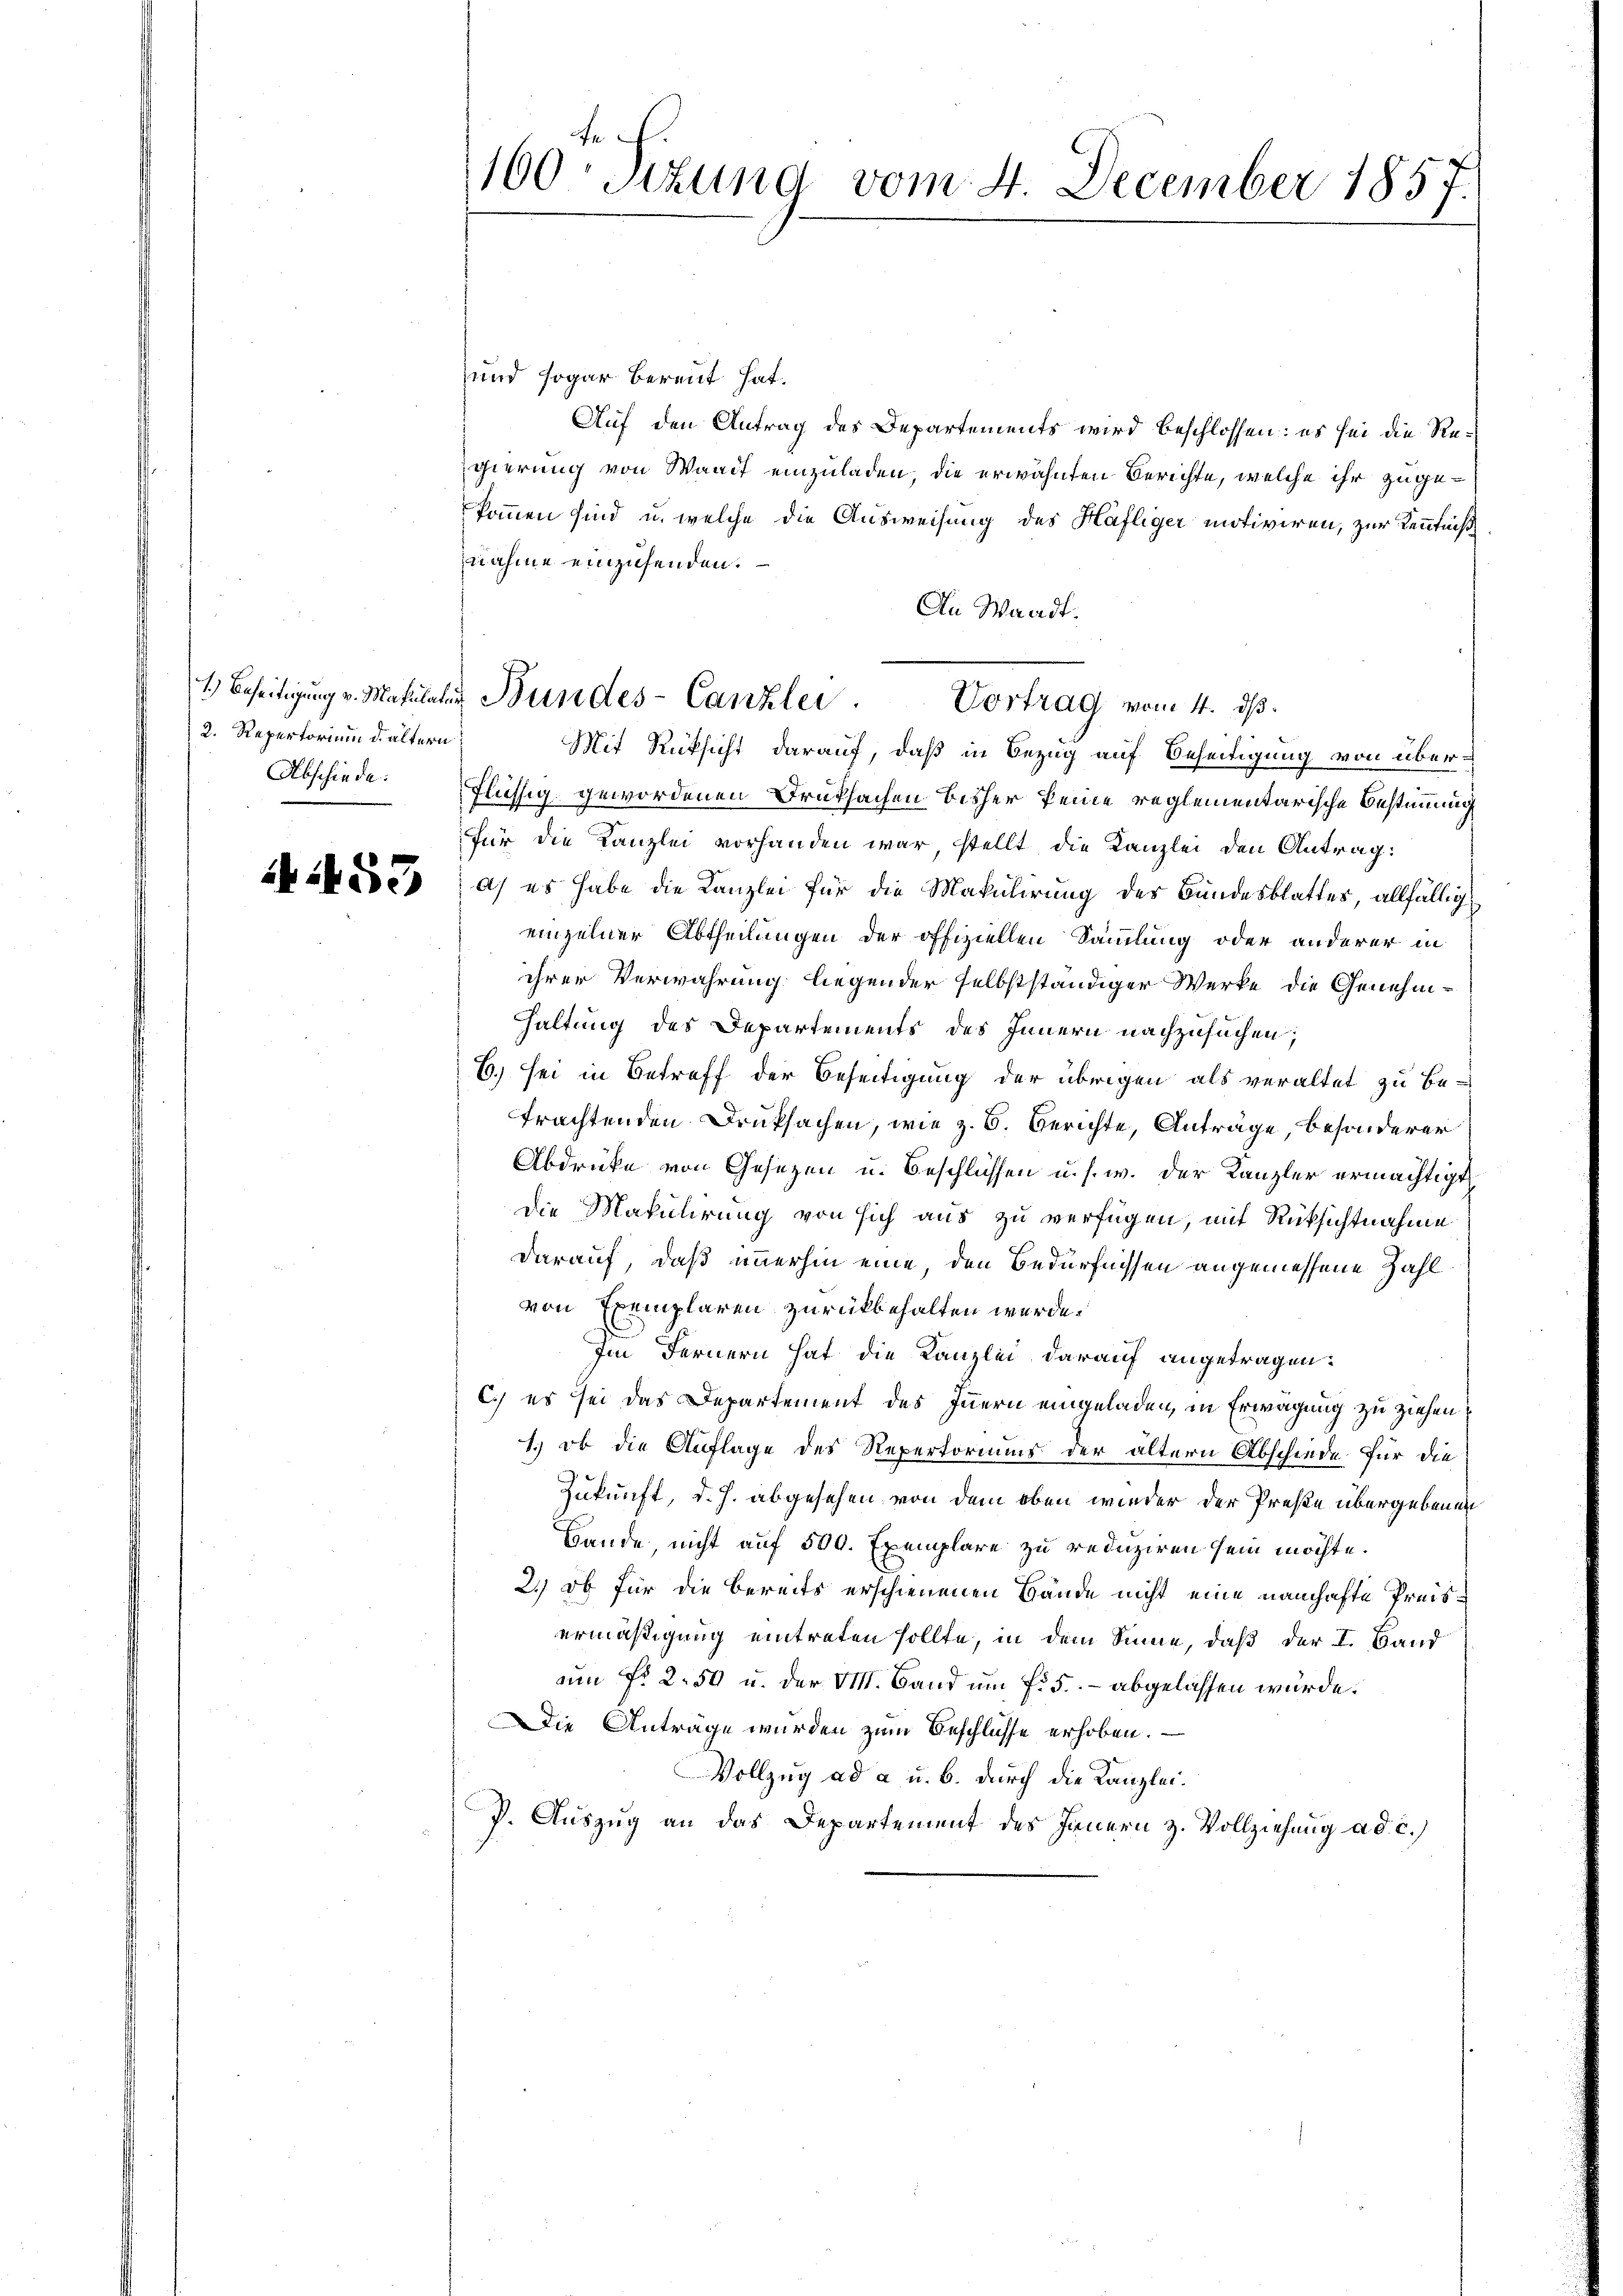
2. Repertorium d. ältern
Abschiede

A:453

160 Sizund vom 4. December 1857.

und sogar bereut hat.
Auf den Antrag des Departements wird beschlossen: es sei die Regierung von Waadt einzuladen, die erwähnten Berichte, welche ihr zugekommen sind, u. welche die Ausweisung des Häfliger motiviren, zur Kenntniß
nahme einzusenden.
An Waadt.
Flüssig gewordenen Druksachen bisher keine reglementarische Bestimmung
Für die Kanzlei vorhanden war, stellt die Kanzlei den Antrag:
a) es habe die Kanzlei für die Makulirung der Bundesblatter, allfällig
einzelner Abtheilungen der offiziellen Sammlung oder anderer in
ihrer Verwahrung liegender selbstständiger Werke die Genehm¬
Haltung des Departements des Innern nachzusuchen;
6. sei in Betreff der Beseitigung der übrigen als veraltet zu be-
trachtenden Druksachen, wie z. B. Berichte, Anträge, besonderer
Abdruke von Gesezen u. Beschlüssen u. s. w. der Kanzler ermächtigt
die Makulirung von sich aus zu verfügen, mit Rüksichtnahme
darauf, daß immerhin eine, den Bedürfnissen angemessene Zahl
von Exemplaren zurückbehalten wurde.
Im Fernern hat die Kanzlei darauf angetragen.
C.) es sei das Departement des Innern eingeladen, in Erwägung zu ziehen,
1.) ob die Auflage des Repertoriums der ältern Abschiede für die
Zukunft, d. J. abgesehen von dem oben wieder der Preße übergebenen
Bande, nicht auf 500. Exemplare zu reduziren sein möchte.
2.) Ob für die bereits erschienenen Hände nicht eine namhafte Preisermäßigung eintreten sollte, in dem Sinne, daß der I. Band
um No. 2. 50 u. der M. Band um fr. 5. - abgelassen würde.
Die Anträge wurden zum Beschlüsse erhoben.
Vollzug ad a u. b. durch die Kanzlei.
P. Auszug an das Departement des Innern z. Vollziehung ad c.)

1.) Beseitigung v. Matulater Bundes-Canzlei. Vortrag vom 4. ds.
Mit Rücksicht darauf, daß in Bezug auf Beseitigung von über¬